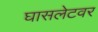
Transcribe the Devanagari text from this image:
घासलेटवर